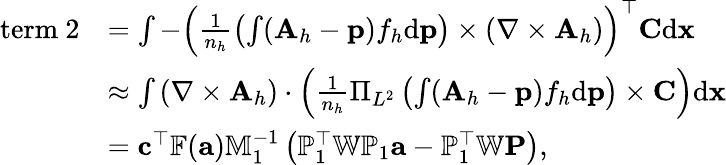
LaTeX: \begin{array}{rl}{\mathrm{term~2}}&{=\int-\left(\frac{1}{n_{h}}\left(\int({\mathbf A}_{h}-{\mathbf p})f_{h}\mathrm{d}{\mathbf p}\right)\times(\nabla\times{\mathbf A}_{h})\right)^{\top}{\mathbf C}\mathrm{d}{\mathbf x}}\\ &{\approx\int\left({\nabla}\times{\mathbf A}_{h}\right)\cdot\left(\frac{1}{n_{h}}\Pi_{L^{2}}\left(\int({\mathbf A}_{h}-{\mathbf p})f_{h}\mathrm{d}{\mathbf p}\right)\times{\mathbf C}\right)\mathrm{d}{\mathbf x}}\\ &{={\mathbf c}^{\top}\mathbb{F}({\mathbf a})\mathbb{M}_{1}^{-1}\left({\mathbb P}_{1}^{\top}\mathbb{W}{\mathbb P}_{1}{\mathbf a}-\mathbb{P}_{1}^{\top}\mathbb{W}{\mathbf P}\right),}\end{array}